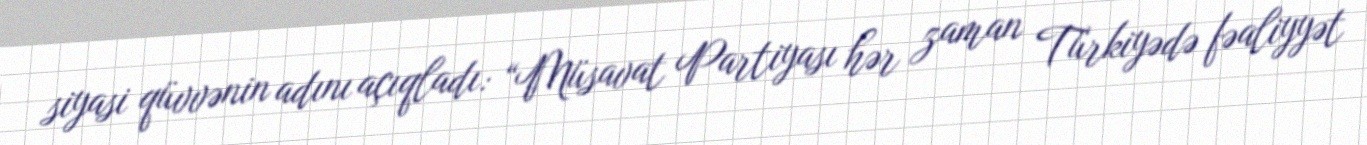
siyasi qüvvənin adını açıqladı: “Müsavat Partiyası hər zaman Türkiyədə fəaliyyət